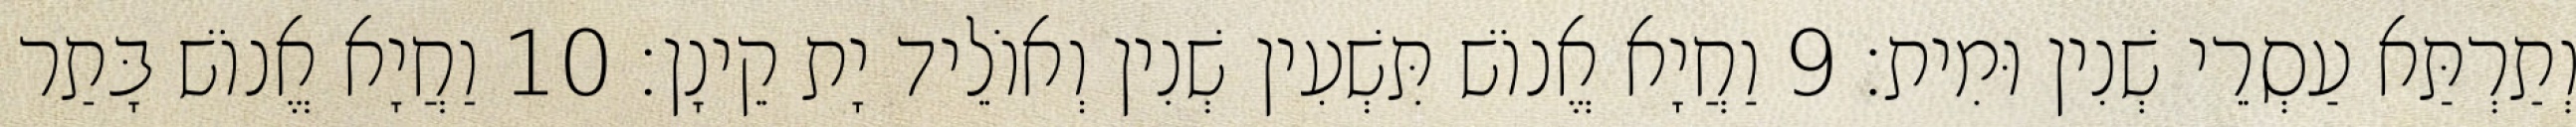
וְתַרְתַּא עַסְרֵי שְׁנִין וּמִית׃ 9 וַחֲיָא אֱנוֹשׁ תִּשְׁעִין שְׁנִין וְאוֹלֵיד יָת קֵינָן׃ 10 וַחֲיָא אֱנוֹשׁ בָּתַר